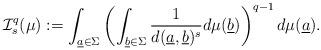
LaTeX: \begin{align*}\mathcal I_{s}^q(\mu):=\int_{\underline a \in \Sigma}\left(\int_{\underline b \in\Sigma} \frac{1}{d(\underline a,\underline b)^s}d\mu(\underline b)\right)^{q-1}d\mu(\underline a).\end{align*}